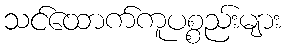
သင်ထောက်ကူပစ္စည်းများ